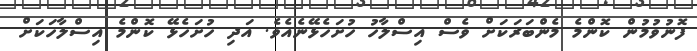
ފޮނުވުމުން ކޮންމެ މެންބަރަކަށް ވެސް އިސްލާހު ހުށަހެޅޭނެއެވެ. އަދި ހުށަހެޅޭ ކޮންމެ އިސްލާހަކަށް